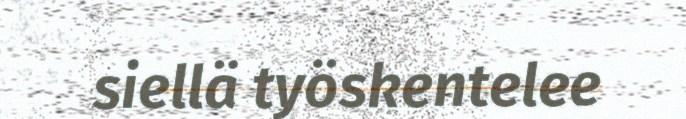
siellä työskentelee